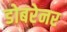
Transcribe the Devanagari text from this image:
डोबरेनर